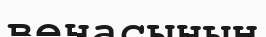
венасының